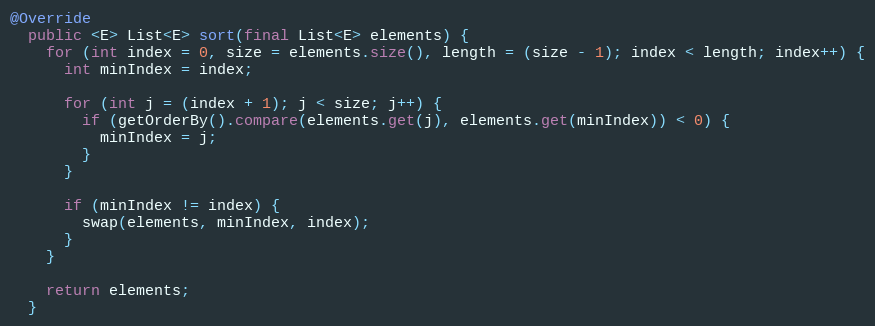
Language: Java
@Override
  public <E> List<E> sort(final List<E> elements) {
    for (int index = 0, size = elements.size(), length = (size - 1); index < length; index++) {
      int minIndex = index;

      for (int j = (index + 1); j < size; j++) {
        if (getOrderBy().compare(elements.get(j), elements.get(minIndex)) < 0) {
          minIndex = j;
        }
      }

      if (minIndex != index) {
        swap(elements, minIndex, index);
      }
    }

    return elements;
  }